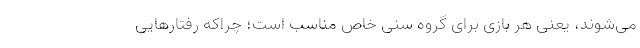
می‌شوند، یعنی هر بازی برای گروه سنی خاص مناسب است؛ چراکه رفتارهایی